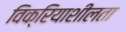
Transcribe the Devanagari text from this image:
विक्रियाशीलता